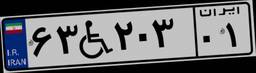
۶۳W۲۰۳۰۱